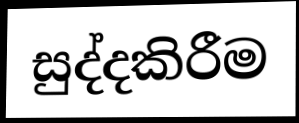
සුද්දකිරීම